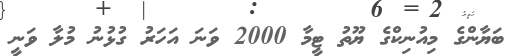
ބަޔާންގެ މިއުނިކްގެ ޔޫތު ޓީމާ 2000 ވަނަ އަހަރު ގުޅުނު މުލާ ވަަނީ